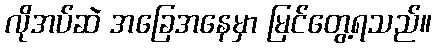
လိုအပ်ဆဲ အခြေအနေမှာ မြင်တွေ့ရသည်။